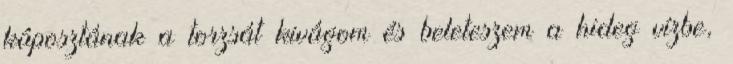
káposztának a torzsát kivágom és beleteszem a hideg vízbe,